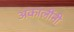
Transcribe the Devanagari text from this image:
अकालींनी